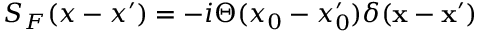
S _ { F } ( x - x ^ { \prime } ) = - i \Theta ( x _ { 0 } - x _ { 0 } ^ { \prime } ) \delta ( { \bf x } - { \bf x } ^ { \prime } )